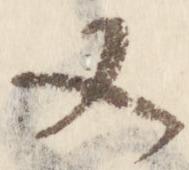
又